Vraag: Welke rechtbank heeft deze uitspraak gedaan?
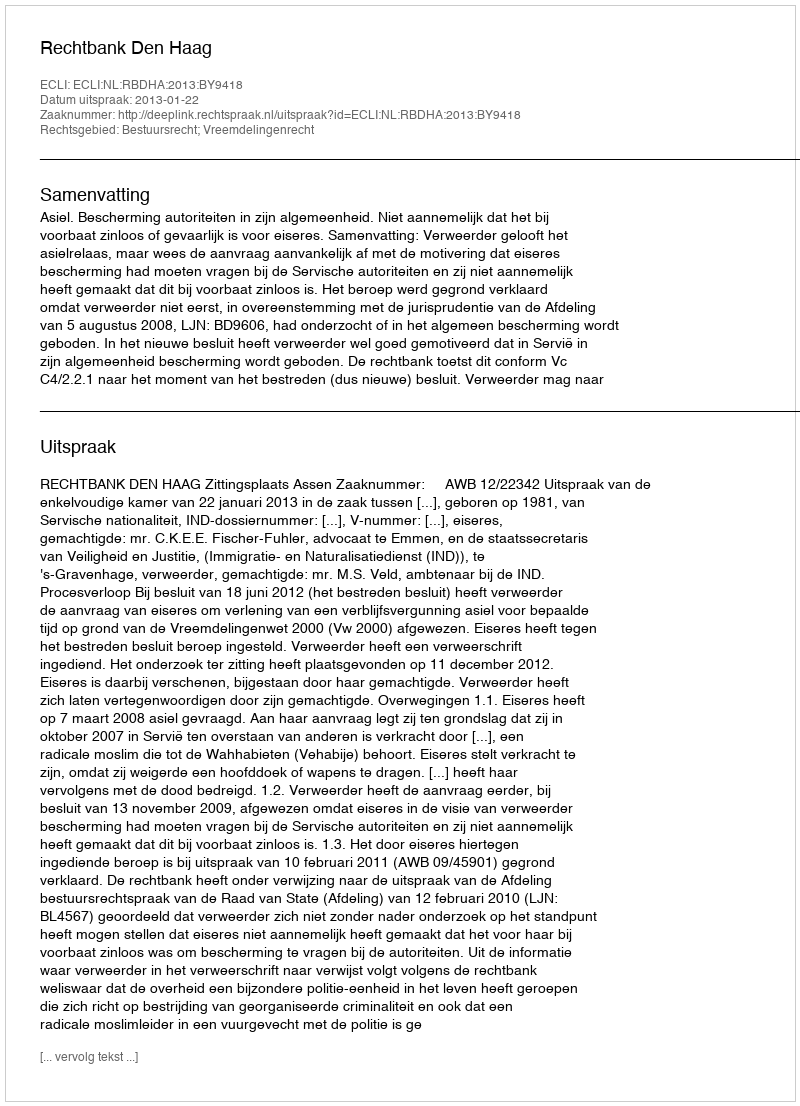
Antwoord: Rechtbank Den Haag